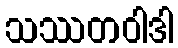
သဿတဝါဒါ